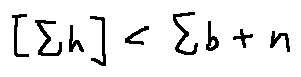
[ \sum h ] < \sum b + n